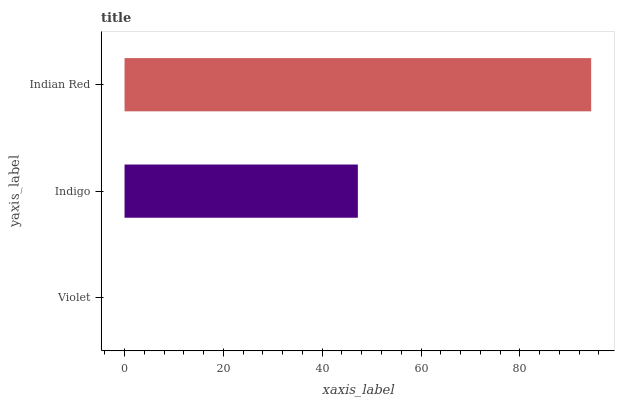
| yaxis_label | bars |
 | --- | --- |
 | Violet | 0 |
 | Indigo | 47.2 |
 | Indian Red | 94.4 |